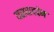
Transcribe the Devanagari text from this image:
यसबादद्देन